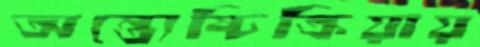
অন্ত্যেষ্টিক্রিয়ায়